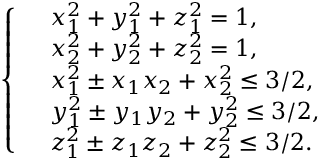
\left\{ \begin{array} { r l } & { x _ { 1 } ^ { 2 } + y _ { 1 } ^ { 2 } + z _ { 1 } ^ { 2 } = 1 , } \\ & { x _ { 2 } ^ { 2 } + y _ { 2 } ^ { 2 } + z _ { 2 } ^ { 2 } = 1 , } \\ & { x _ { 1 } ^ { 2 } \pm x _ { 1 } x _ { 2 } + x _ { 2 } ^ { 2 } \leq 3 / 2 , } \\ & { y _ { 1 } ^ { 2 } \pm y _ { 1 } y _ { 2 } + y _ { 2 } ^ { 2 } \leq 3 / 2 , } \\ & { z _ { 1 } ^ { 2 } \pm z _ { 1 } z _ { 2 } + z _ { 2 } ^ { 2 } \leq 3 / 2 . } \end{array} \right.